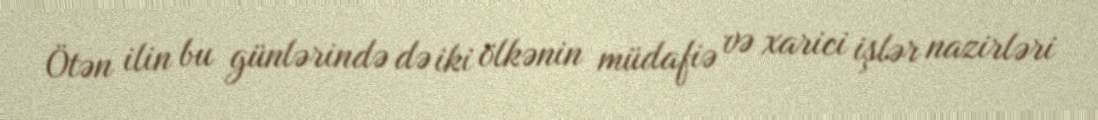
Ötən ilin bu günlərində də iki ölkənin müdafiə və xarici işlər nazirləri